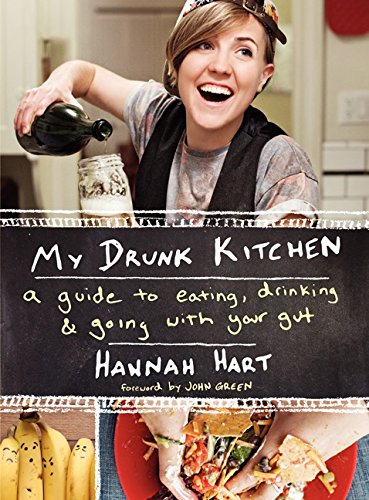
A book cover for My Drunk Kitchen: A Guide to Eating, Drinking, and Going with Your Gut; Hannah Hart; Humor & Entertainment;